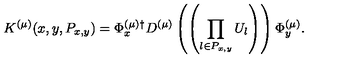
K ^ { ( \mu ) } ( x , y , P _ { x , y } ) = \Phi _ { x } ^ { ( \mu ) \dagger } D ^ { ( \mu ) } \left( \left( \prod _ { l \in P _ { x , y } } U _ { l } \right) \right) \Phi _ { y } ^ { ( \mu ) } .